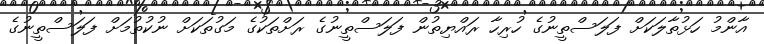
އާންމު ހަޅުތާލަކަށް ފަލަސްތީނުގެ ހުރިހާ ރައްޔިތުން ފަލަސްތީނުގެ ރަށްތަކުގެ މަގުތަކަށް ނުކުތުމަށް ފަލަސްތީނުގެ